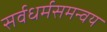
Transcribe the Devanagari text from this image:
सर्वधर्मसमन्वय